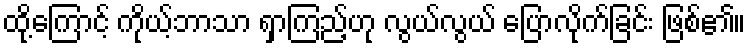
ထို့ကြောင့် ကိုယ့်ဘာသာ ရှာကြည့်ဟု လွယ်လွယ် ပြောလိုက်ခြင်း ဖြစ်၏။